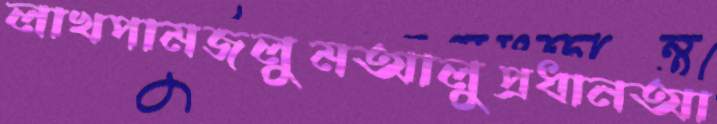
লাখপামজলুমআলুপ্রধানআ